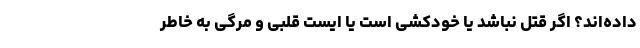
داده‌اند؟ اگر قتل نباشد یا خودکشی است یا ایست قلبی و مرگی به خاطر